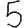
Digit: 5